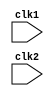
`timescale 1ns / 1ps

module mips(input clk1, input clk2);

    reg HALTED, TAKEN_BRANCH, RR_ALU, RM_ALU, LOAD, STORE, BRANCH, HALT;
    reg [31:0] pc, if_id_ir, if_id_npc;
    reg [31:0] id_ex_ir, id_ex_npc, id_ex_a, id_ex_b, id_ex_imm;
    reg [2:0] id_ex_type, ex_mem_type, mem_wb_type;
    reg [31:0] ex_mem_ir, ex_mem_aluout, ex_mem_b, ex_mem_cond;
    reg [31:0] mem_wb_ir, mem_wb_aluout, mem_wb_lmd;
    reg [31:0] Reg [0:31];
    reg [31:0] mem [0:1023];

    parameter ADD = 6'b000000, SUB = 6'b000001, AND = 6'b000010, OR = 6'b000011, SLT = 6'b000100, MUL = 6'b000101, HLT = 6'b111111,
              LW = 6'b001000, SW = 6'b001001, ADDI = 6'b001010, SUBI = 6'b001011, SLTI = 6'b001100, BNEQZ = 6'b001101, BEQZ = 6'b001110;

    always @(posedge clk1)  
    if (HALTED == 0)
    begin
        if (((ex_mem_ir[31:26] == BEQZ) && (ex_mem_cond == 1'b1)) || ((ex_mem_ir[31:26] == BNEQZ) && (ex_mem_cond == 1'b0)))
        begin
            if_id_ir <= #2 mem[ex_mem_aluout];
            TAKEN_BRANCH <= #2 1'b1;
            if_id_npc <= #2 ex_mem_aluout + 1;
            pc <= #2 ex_mem_aluout + 1;
        end
        else
        begin
            if_id_ir <= #2 mem[pc];
            if_id_npc <= #2 pc + 1;
            pc <= #2 pc + 1;
        end
    end

    always @(posedge clk2) 
    if (HALTED == 0)
    begin 
        if (if_id_ir[25:21] == 5'b00000)
            id_ex_a <= 0;
        else
            id_ex_a <= #2 Reg[if_id_ir[25:21]];

        if (if_id_ir[20:16] == 5'b00000)
            id_ex_b <= 0;
        else
            id_ex_b <= #2 Reg[if_id_ir[20:16]];

        id_ex_npc <= #2 if_id_npc;
        id_ex_ir <= #2 if_id_ir;
        id_ex_imm <= #2 {{16{if_id_ir[15]}}, {if_id_ir[15:0]}};

        case (if_id_ir[31:26])
            ADD, SUB, AND, OR, SLT, MUL : id_ex_type <= #2 RR_ALU;
            ADDI, SUBI, SLTI : id_ex_type <= #2 RM_ALU;
            LW : id_ex_type <= #2 LOAD;
            SW : id_ex_type <= #2 STORE;
            BNEQZ, BEQZ : id_ex_type <= #2 BRANCH;
            HLT : id_ex_type <= #2 HALT;
            default : id_ex_type <= #2 HALT;
        endcase
    end

    always @(posedge clk1) 
    if (HALTED == 0)
    begin 
        ex_mem_type <= #2 id_ex_type;
        ex_mem_ir <= #2 id_ex_ir;
        TAKEN_BRANCH <= #2 0;

        case (id_ex_type)
            RR_ALU: 
                begin
                    case (id_ex_ir[31:26])
                        ADD: ex_mem_aluout <= #2 id_ex_a + id_ex_b;
                        SUB: ex_mem_aluout <= #2 id_ex_a - id_ex_b;
                        AND: ex_mem_aluout <= #2 id_ex_a & id_ex_b;
                        OR : ex_mem_aluout <= #2 id_ex_a | id_ex_b;
                        SLT: ex_mem_aluout <= #2 id_ex_a < id_ex_b;
                        MUL: ex_mem_aluout <= #2 id_ex_a * id_ex_b;
                        default: ex_mem_aluout <= #2 32'hxxxxxxxx;
                    endcase 
                end

            RM_ALU: 
                begin
                    case (id_ex_ir[31:26])
                        ADDI: ex_mem_aluout <= #2 id_ex_a + id_ex_imm;
                        SUBI: ex_mem_aluout <= #2 id_ex_a - id_ex_imm;
                        SLTI: ex_mem_aluout <= #2 id_ex_a < id_ex_imm;
                        default: ex_mem_aluout <= #2 32'hxxxxxxxx;
                    endcase
                end

            LOAD, STORE: 
                begin
                    ex_mem_aluout <= #2 id_ex_a + id_ex_imm;
                    ex_mem_b <= #2 id_ex_b;
                end

            BRANCH: 
                begin
                    ex_mem_aluout <= #2 id_ex_npc + id_ex_imm;
                    ex_mem_cond <= #2 (id_ex_a == 0);
                end
        endcase
    end

    always @(posedge clk2) 
    if (HALTED == 0)
    begin 
        mem_wb_type = ex_mem_type;
        mem_wb_ir <= #2 ex_mem_ir;

        case (ex_mem_type)
            RR_ALU, RM_ALU: 
                mem_wb_aluout <= #2 ex_mem_aluout;

            LOAD: 
                mem_wb_lmd <= #2 mem[ex_mem_aluout];

            STORE: 
                if (TAKEN_BRANCH == 0)
                    mem[ex_mem_aluout] <= #2 ex_mem_b;
        endcase
    end

    always @(posedge clk1) 
    begin
        if (TAKEN_BRANCH == 0)
            case (mem_wb_type)
                RR_ALU: Reg[mem_wb_ir[15:11]] <= #2 mem_wb_aluout;
                RM_ALU: Reg[mem_wb_ir[20:16]] <= #2 mem_wb_aluout;
                RR_ALU: Reg[mem_wb_ir[20:16]] <= #2 mem_wb_lmd;
                HALT: HALTED <= #2 1'b1;
            endcase
    end

endmodule